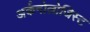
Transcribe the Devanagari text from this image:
अर्कनोलोजिस्ट